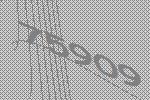
75909